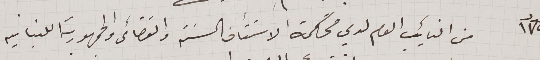
عدد ١٧٤  من النائِب العام لدى محكمة الاستئناف الحسنة والقضائى والجمهورية اللبنانيه